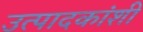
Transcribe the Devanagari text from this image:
उत्पादकांशी